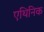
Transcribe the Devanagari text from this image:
एथिनिक